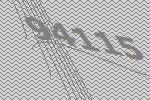
94115